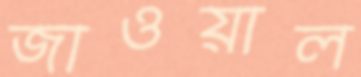
জাওয়াল